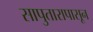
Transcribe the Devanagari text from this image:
सापुतारापासून